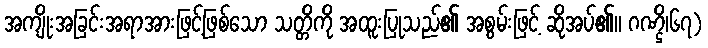
အကျိုးအခြင်းအရာအားဖြင့်ဖြစ်သော သတ္တိကို အထူးပြုသည်၏ အစွမ်းဖြင့် ဆိုအပ်၏။ ဂဏ္ဌိ၊၆၇)